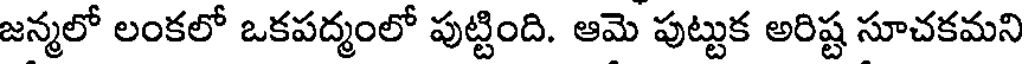
జన్మలో లంకలో ఒకపద్మంలో పుట్టింది. ఆమె పుట్టుక అరిష్ట సూచకమని